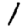
Digit: 1